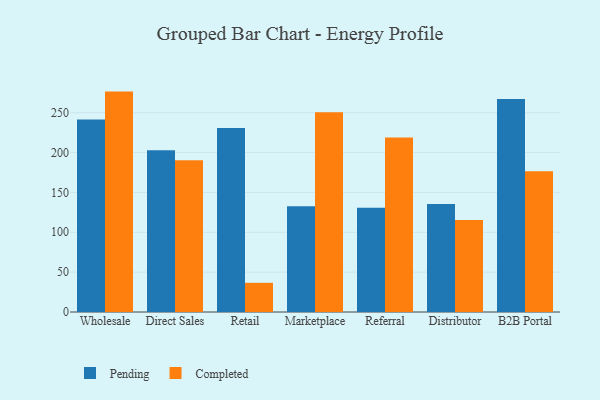
{"axis": {"x": "Channel", "y": "Gross Profit (USD K)"}, "legend": ["Completed", "Pending"], "data": [{"x": "Wholesale", "y": 241.4, "type": "Pending"}, {"x": "Wholesale", "y": 276.5, "type": "Completed"}, {"x": "Direct Sales", "y": 203.0, "type": "Pending"}, {"x": "Direct Sales", "y": 190.5, "type": "Completed"}, {"x": "Retail", "y": 230.9, "type": "Pending"}, {"x": "Retail", "y": 36.6, "type": "Completed"}, {"x": "Marketplace", "y": 132.7, "type": "Pending"}, {"x": "Marketplace", "y": 250.5, "type": "Completed"}, {"x": "Referral", "y": 130.8, "type": "Pending"}, {"x": "Referral", "y": 219.0, "type": "Completed"}, {"x": "Distributor", "y": 135.4, "type": "Pending"}, {"x": "Distributor", "y": 115.4, "type": "Completed"}, {"x": "B2B Portal", "y": 267.2, "type": "Pending"}, {"x": "B2B Portal", "y": 176.5, "type": "Completed"}]}